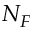
N _ { F }